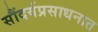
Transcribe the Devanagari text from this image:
सौंदर्यप्रसाधनात